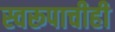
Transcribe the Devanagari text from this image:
स्वरूपाचीही